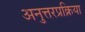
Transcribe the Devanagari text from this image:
अनुत्तरप्रक्रिया